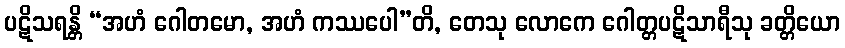
ပဋိသရန္တိ “အဟံ ဂေါတမော, အဟံ ကဿပေါ”တိ, တေသု လောကေ ဂေါတ္တပဋိသာရီသု ခတ္တိယော